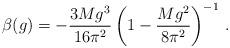
LaTeX: \begin{align*}\beta(g)=-\frac{3Mg^3}{16\pi^2}\left(1-\frac{Mg^2}{8\pi^2}\right)^{-1}\,.\end{align*}